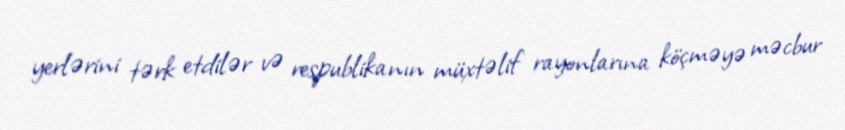
yerlərini tərk etdilər və respublikanın müxtəlif rayonlarına köçməyə məcbur